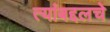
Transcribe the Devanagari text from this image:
त्यांबद्दलचे